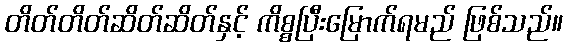
တိတ်တိတ်ဆိတ်ဆိတ်နှင့် ကိစ္စပြီးမြောက်ရမည် ဖြစ်သည်။